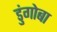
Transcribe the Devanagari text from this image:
डुंगोबा